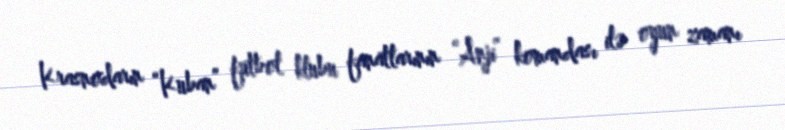
Krasnodarın “Kuban” futbol klubu fanatlarının “Anji” komandası ilə oyun zamanı